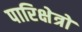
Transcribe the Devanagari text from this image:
पारिक्षेत्रों